Scientific memoirs by medical officers of the Army of India - Part I,
Year: 1884
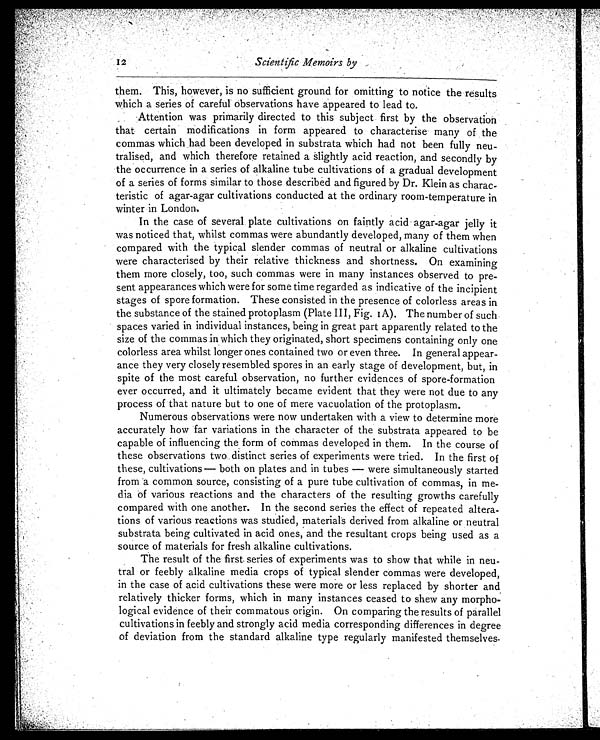
Scientific Memoirs by
them. This, however, is no sufficient ground for omitting to notice the results
which a series of careful observations have appeared to lead to.
Attention was primarily directed to this subject first by the observation
that certain modifications in form appeared to characterise many of the
commas which had been developed in substrata which had not been fully neu
-tralised, and which therefore retained a slightly acid reaction, and secondly by
the occurrence in a series of alkaline tube cultivations of a gradual development
of a series of forms similar to those described and figured by Dr. Klein as charac
-teristic of agar-agar cultivations conducted at the ordinary room-temperature in
winter in London.
In the case of several plate cultivations on faintly acid agar-agar jelly it
was noticed that, whilst commas were abundantly developed, many of them when
compared with the typical slender commas of neutral or alkaline cultivations
were characterised by their relative thickness and shortness. On examining
them more closely, too, such commas were in many instances observed to pre
-sent appearances which were for some time regarded as indicative of the incipient
stages of spore formation. These consisted in the presence of colorless areas in
the substance of the stained protoplasm (Plate III, Fig. 1A). The number of such
spaces varied in individual instances, being in great part apparently related to the
size of the commas in which they originated, short specimens containing only one
colorless area whilst longer ones contained two or even three. In general appear
-ance they very closely resembled spores in an early stage of development, but, in
spite of the most careful observation, no further evidences of spore-formation
ever occurred, and it ultimately became evident that they were not due to any
process of that nature but to one of mere vacuolation of the protoplasm.
Numerous observations were now undertaken with a view to determine more
accurately how far variations in the character of the substrata appeared to be
capable of influencing the form of commas developed in them. In the course of
these observations two distinct series of experiments were tried. In the first of
these, cultivations—both on plates and in tubes—were simultaneously started
from a common source, consisting of a pure tube cultivation of commas, in me
-dia of various reactions and the characters of the resulting growths carefully
compared with one another. In the second series the effect of repeated altera
-tions of various reactions was studied, materials derived from alkaline or neutral
substrata being cultivated in acid ones, and the resultant crops being used as a
source of materials for fresh alkaline cultivations.
The result of the first series of experiments was to show that while in neu
-tral or feebly alkaline media crops of typical slender commas were developed,
in the case of acid cultivations these were more or less replaced by shorter and
relatively thicker forms, which in many instances ceased to shew any morpho
-logical evidence of their commatous origin. On comparing the results of parallel
cultivations in feebly and strongly acid media corresponding differences in degree
of deviation from the standard alkaline type regularly manifested themselves.
12